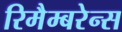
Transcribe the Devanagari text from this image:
रिमैम्बरेन्स